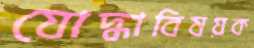
যোদ্ধাবিষয়ক